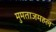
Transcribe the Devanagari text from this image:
मुमताजमहल